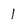
Character: 1